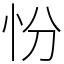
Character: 㤋